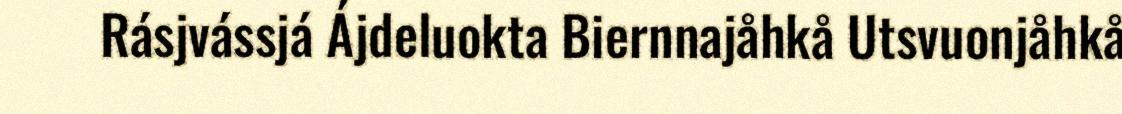
Rásjvássjá Ájdeluokta Biernnajåhkå Utsvuonjåhkå